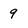
Character: 9